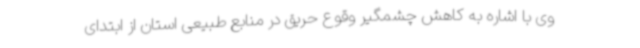
وی با اشاره به کاهش چشمگیر وقوع حریق در منابع طبیعی استان از ابتدای